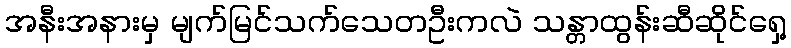
အနီးအနားမှ မျက်မြင်သက်သေတဦးကလဲ သန္တာထွန်းဆီဆိုင်ရှေ့